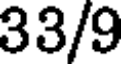
33/9